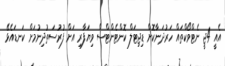
އެއީ 4ޖީ ނެޓްވޯކްތައް ހަރުދަނާކޮށް ޑިޖިޓަލް ކޮންޓެންޓްސް ވިޔަފާރި އަށް ފުރުސަތުދިނުމަށް ކަނޑައެޅޭ